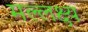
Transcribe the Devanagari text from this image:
मल्लक्ष्य